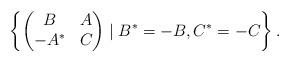
LaTeX: \begin{align*} \left\{ \begin{pmatrix} B & A \\ -A^* & C \end{pmatrix} \mid B^* = -B, C^* = -C \right\}.\end{align*}